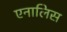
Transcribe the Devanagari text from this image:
एनालिस